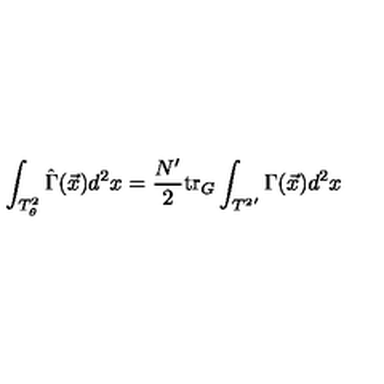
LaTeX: \int _ { T _ { \theta } ^ { 2 } } \hat { \Gamma } ( \vec { x } ) d ^ { 2 } x = \frac { N ^ { \prime } } { 2 } \mathrm { t r } _ { G } \int _ { { T ^ { 2 } } ^ { \prime } } \Gamma ( \vec { x } ) d ^ { 2 } x